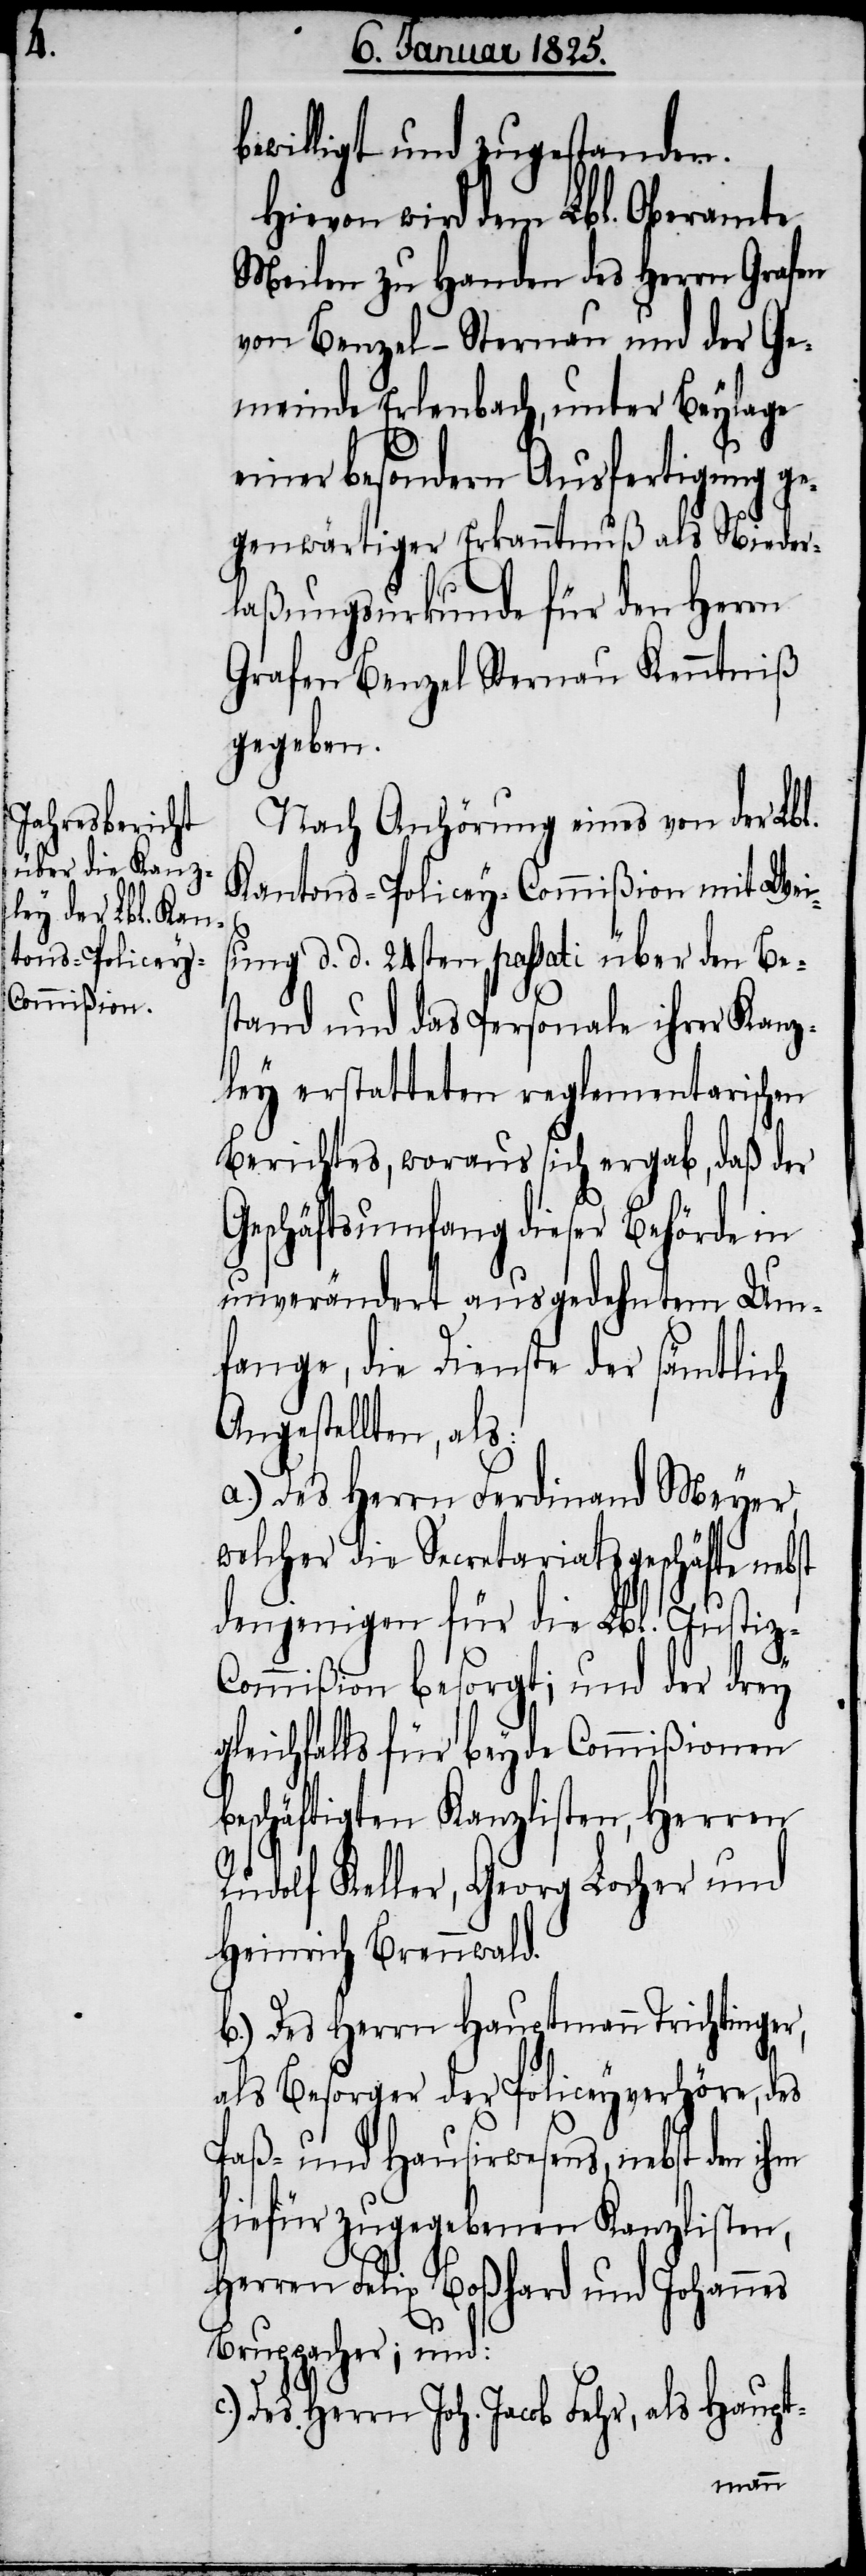
ewilligt und zugestanden.
Hievon wird dem Lbl. Oberamte
Meilen zu Handen des Herrn Grafen
von Benzel-Sternau und der Ge¬
meinde Erlenbach, unter Beylage
einer besondern Ausfertigung ge¬
genwärtiger Erkanntnuß als Nieder¬
laßungsurkunde für den Herrn
Grafen Benzel Sternau Kenntniß
gegeben.
Nach Anhörung eines von der Lbl.
Kantons-Policey-Commißion mit Wei¬
sung d. d. 24sten passati über den Be¬
stand und das Personale ihrer Kanz¬
ley erstatteten reglementarischen
Berichtes, woraus sich ergab, daß der
Geschäftsumfang dieser Behörde in
unverändert ausgedehntem Um¬
fange, die Dienste der sämtlich
Angestellten, als:
a.) Des Herrn Ferdinand Meyer,
welcher die Secretariatsgeschäfte neb¬
denjenigen für die Lbl. Justiz-C¬
ommißion besorgt; und der drey
gleichfalls für beyde Commißionen
beschäftigten Kanzlisten, Herren
Rudolf Keller, Georg Locher und
Heinrich Brennwald.
b.) Des Herrn Hauptmann Trichtinger,
als Besorger der Policeyverhöre, des
Paß- und Hausirwesens, nebst den
hiefür zugegebenen Kanzlisten,
Herren Felix Boßhard und Johannes
st
Bruppacher; und:
c.) Des Herrn Joh. Jacob Fehr, als Haupt-